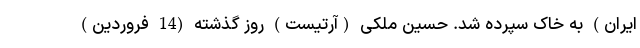
ایران) به خاک سپرده شد. حسین ملکی (آرتیست) روز گذشته (14 فروردین‌)